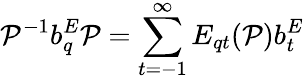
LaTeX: {\cal P}^{-1}b_{q}^{E}{\cal P}=\sum_{t=-1}^{\infty}E_{qt}({\cal P})b_{t}^{E}